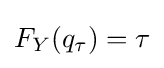
F_{Y}(q_{\tau })=\tau